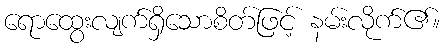
ရောထွေးလျက်ရှိသောစိတ်ဖြင့် နမ်းလိုက်၏။